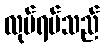
လုပ်ရပ်သည်